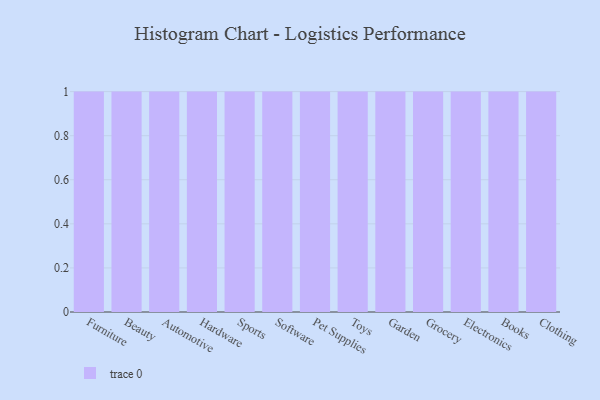
{"axis": {"x": "Category", "y": "Headcount"}, "legend": [""], "data": [{"x": "Furniture", "y": 28, "type": ""}, {"x": "Beauty", "y": 7, "type": ""}, {"x": "Automotive", "y": 58, "type": ""}, {"x": "Hardware", "y": 34, "type": ""}, {"x": "Sports", "y": 56, "type": ""}, {"x": "Software", "y": 29, "type": ""}, {"x": "Pet Supplies", "y": 21, "type": ""}, {"x": "Toys", "y": 37, "type": ""}, {"x": "Garden", "y": 20, "type": ""}, {"x": "Grocery", "y": 92, "type": ""}, {"x": "Electronics", "y": 30, "type": ""}, {"x": "Books", "y": 26, "type": ""}, {"x": "Clothing", "y": 66, "type": ""}]}